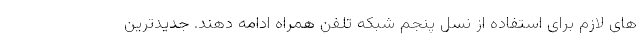
های لازم برای استفاده از نسل پنجم شبکه تلفن همراه ادامه دهند. جدیدترین